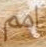
امم